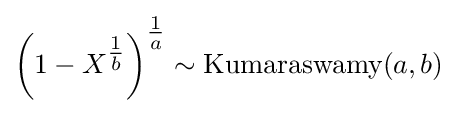
{\left(1-X^{\tfrac {1}{b}}\right)}^{\tfrac {1}{a}}\sim {\textrm {Kumaraswamy}}(a,b)